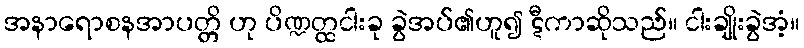
အနာရောစနအာပတ္တိ ဟု ပိဏ္ဍတ္ထငါးခု ခွဲအပ်၏ဟူ၍ ဋီကာဆိုသည်။ ငါးချိုးခွဲအံ့။